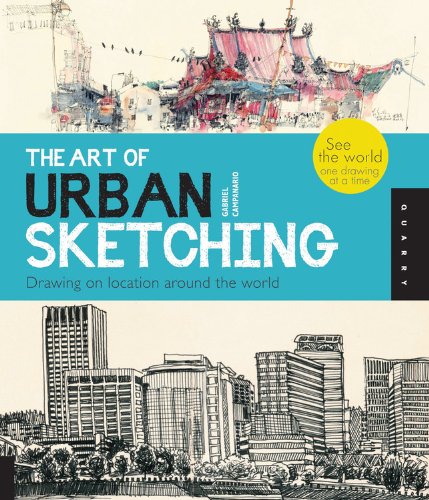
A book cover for The Art of Urban Sketching: Drawing On Location Around The World; Gabriel Campanario; Arts & Photography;